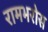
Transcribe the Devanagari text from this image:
रामभरोस